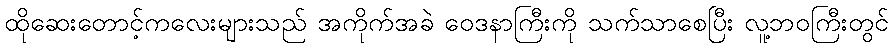
ထိုဆေးတောင့်ကလေးများသည် အကိုက်အခဲ ဝေဒနာကြီးကို သက်သာစေပြီး လူ့ဘဝကြီးတွင်